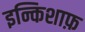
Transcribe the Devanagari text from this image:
इन्किशाफ़